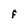
Character: F